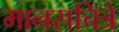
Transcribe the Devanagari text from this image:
मानसचित्रे